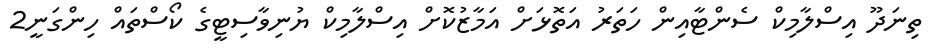
ތިނަދޫ އިސްލާމިކް ސެންޓާއިން ހަތަރު އަތޮޅަށް އަމާޒުކޮށް އިސްލާމިކް ޔުނިވާސިޓީގެ ކޯސްތައް ހިންގަނީ2